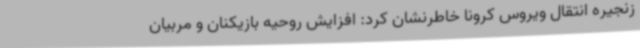
زنجیره انتقال ویروس کرونا خاطرنشان کرد: افزایش روحیه بازیکنان و مربیان